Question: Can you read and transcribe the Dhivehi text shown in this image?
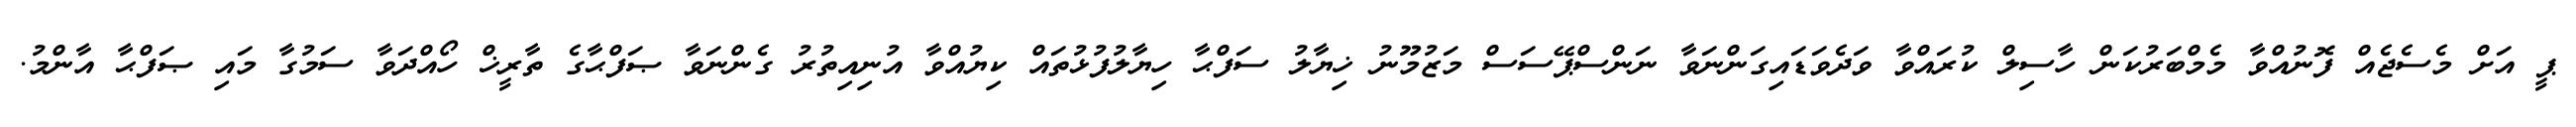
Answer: ޕީ އަށް މެސެޖެއް ފޮނުއްވާ މެމްބަރުކަން ހާސިލް ކުރައްވާ ވަދެވަޑައިގަންނަވާ ނަންސްޕޭސަސް މަޒުމޫނު ޚިޔާލު ސަފްޙާ ހިޔާލުފުޅުތައް ކިޔުއްވާ އުނިއިތުރު ގެންނަވާ ޞަފްޙާގެ ތާރީޚް ހޯއްދަވާ ސަމުގާ މައި ޞަފްޙާ އާންމު.